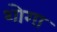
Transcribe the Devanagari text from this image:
शोगा